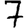
Digit: 7